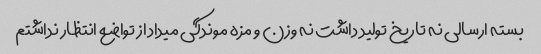
بسته ارسالی نه تاریخ تولید داشت نه وزن و مزه موندگی میداد از تواضع انتظار نداشتم